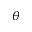
\boldsymbol { \theta }